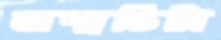
জন্মভিটা